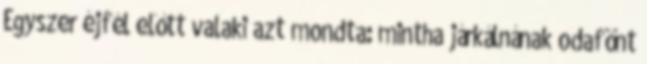
Egyszer éjfél előtt valaki azt mondta: mintha járkálnának odafönt